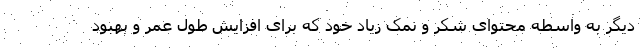
دیگر به واسطه محتوای شکر و نمک زیاد خود که برای افزایش طول عمر و بهبود